Leaving Certificate Examination (including Day School Certificate (Higher) General paper), 1932
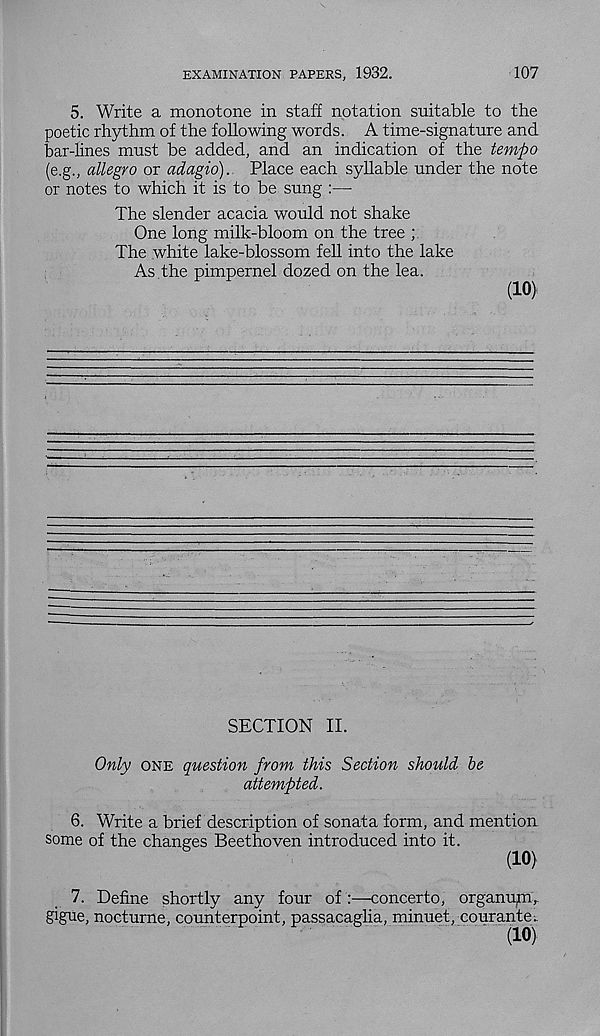
EXAMINATION PAPERS, 1932.
107
5. Write a monotone in staff notation suitable to the
poetic rhythm of the following words. A time-signature and
bar-lines must be added, and an indication of the tempo
(e.g., allegro or adagio). Place each syllable under the note
or notes to which it is to be sung :—
The slender acacia would not shake
One long milk-bloom on the tree ;
The white lake-blossom fell into the lake
As the pimpernel dozed on the lea.
(10)
SECTION II.
Only one question from this Section should be
attempted.
6. Write a brief description of sonata form, and mention
some of the changes Beethoven introduced into it.
(10)
7. Define shortly any four of :—concerto, organum,.
gigue, nocturne, counterpoint, passacaglia, minuet, courante.
(10)